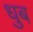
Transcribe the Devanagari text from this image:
धुब